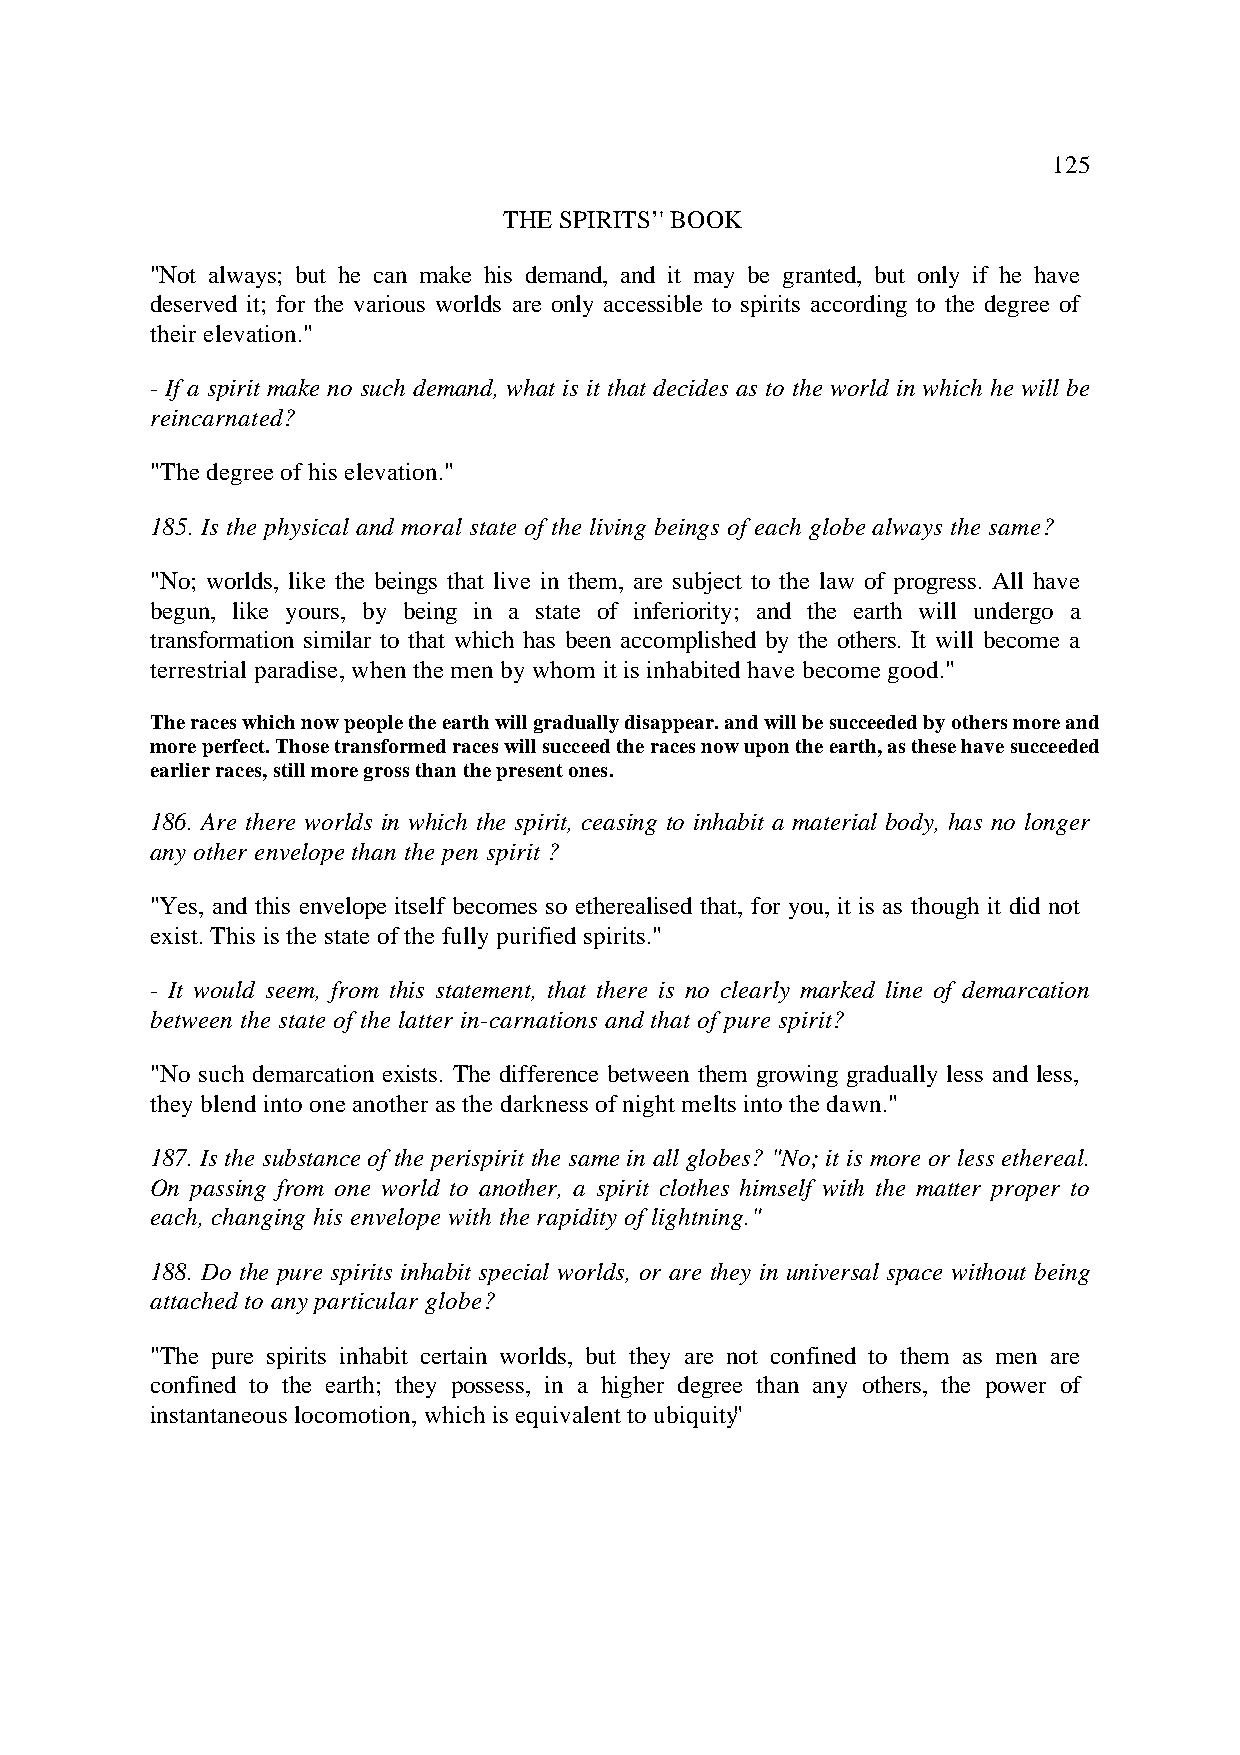
125
 THE SPIRITS’' BOOK
 "Not always; but he can make his demand, and it may be granted, but only if he have
 deserved it; for the various worlds are only accessible to spirits according to the degree of
 their elevation."
 - If a spirit make no such demand, what is it that decides as to the world in which he will be
 reincarnated?
 "The degree of his elevation."
 185. Is the physical and moral state of the living beings of each globe always the same?
 "No; worlds, like the beings that live in them, are subject to the law of progress. All have
 begun, like yours, by being in a state of inferiority; and the earth will undergo a
 transformation similar to that which has been accomplished by the others. It will become a
 terrestrial paradise, when the men by whom it is inhabited have become good."
 The races which now people the earth will gradually disappear. and will be succeeded by others more and
 more perfect. Those transformed races will succeed the races now upon the earth, as these have succeeded
 earlier races, still more gross than the present ones.
 186. Are there worlds in which the spirit, ceasing to inhabit a material body, has no longer
 any other envelope than the pen spirit ?
 "Yes, and this envelope itself becomes so etherealised that, for you, it is as though it did not
 exist. This is the state of the fully purified spirits."
 - It would seem, from this statement, that there is no clearly marked line of demarcation
 between the state of the latter in-carnations and that of pure spirit?
 "No such demarcation exists. The difference between them growing gradually less and less,
 they blend into one another as the darkness of night melts into the dawn."
 187. Is the substance of the perispirit the same in all globes? "No; it is more or less ethereal.
 On passing from one world to another, a spirit clothes himself with the matter proper to
 each, changing his envelope with the rapidity of lightning."
 188. Do the pure spirits inhabit special worlds, or are they in universal space without being
 attached to any particular globe?
 "The pure spirits inhabit certain worlds, but they are not confined to them as men are
 confined to the earth; they possess, in a higher degree than any others, the power of
 instantaneous locomotion, which is equivalent to ubiquity."